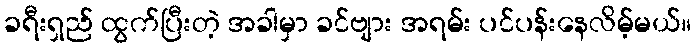
ခရီးရှည် ထွက်ပြီးတဲ့ အခါမှာ ခင်ဗျား အရမ်း ပင်ပန်းနေလိမ့်မယ်။